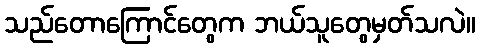
သည်တောကြောင်တွေက ဘယ်သူတွေမှတ်သလဲ။